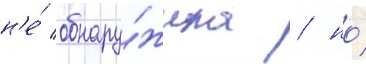
н'е́ обнару́жила / но́